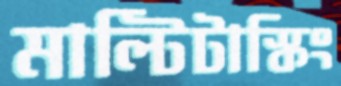
মাল্টিটাস্কিং